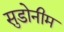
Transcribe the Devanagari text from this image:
सुडोनीम